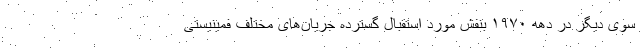
سوی دیگر در دهه ۱۹۷۰ بنفش مورد استقبال گسترده جریان‌های مختلف فمینیستی